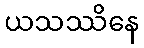
ယသဿိနေ